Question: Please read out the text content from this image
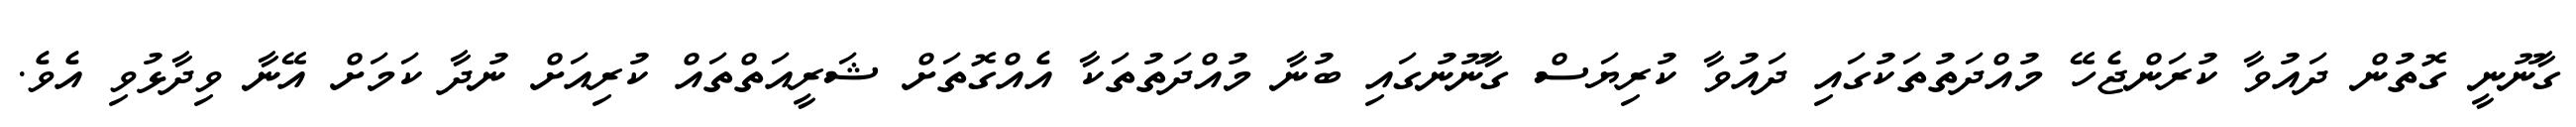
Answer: ގާނޫނީ ގޮތުން ދައުވާ ކުރަންޖެހޭ މުއްދަތުތަކުގައި ދައުވާ ކުރިޔަސް ގާނޫނުގައި ބުނާ މުއްދަތުތަކާ އެއްގޮތަށް ޝަރީއަތްތައް ކުރިއަށް ނުދާ ކަމަށް އޭނާ ވިދާޅުވި އެވެ.